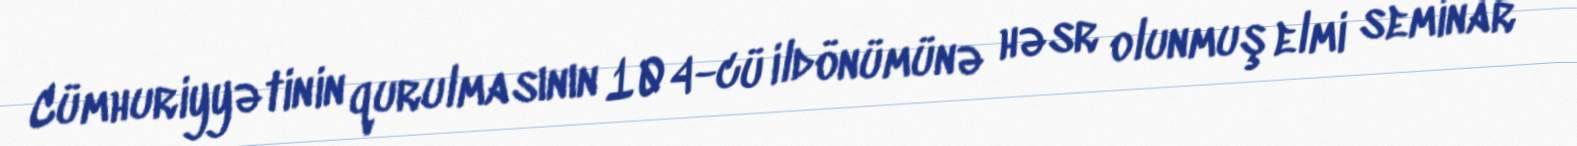
Cümhuriyyətinin qurulmasının 104-cü ildönümünə həsr olunmuş elmi seminar